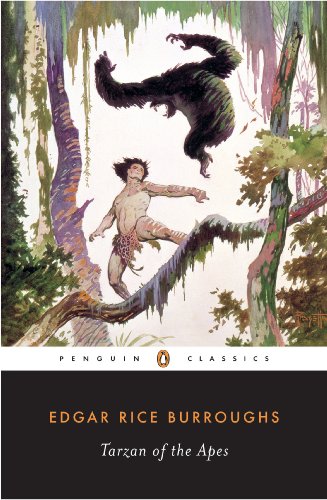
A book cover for Tarzan of the Apes; Edgar Rice Burroughs; Literature & Fiction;